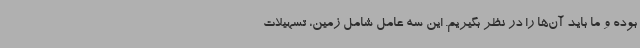
بوده و ما باید آن‌ها را در نظر بگیریم. این سه عامل شامل زمین، تسهیلات